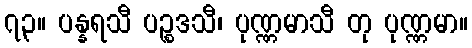
၇၃။ ပန္နရသီ ပဉ္စဒသီ၊ ပုဏ္ဏမာသီ တု ပုဏ္ဏမာ။